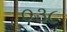
૦૩૮